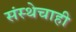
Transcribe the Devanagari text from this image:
संस्थेचाही